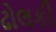
ઢોલકી